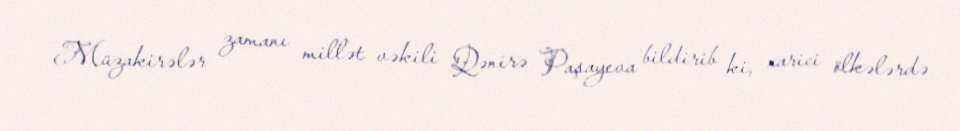
Müzakirələr zamanı millət vəkili Qənirə Paşayeva bildirib ki, xarici ölkələrdə